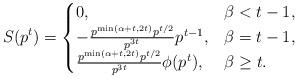
LaTeX: \begin{align*}S(p^t)=\begin{cases} 0, & \beta< t-1, \\ -\frac{p^{\min(\alpha+t,2t)}p^{t/2}}{p^{3t}}p^{t-1}, & \beta=t-1, \\\frac{p^{\min(\alpha+t,2t)}p^{t/2}}{p^{3t}} \phi(p^t), & \beta\geq t.\end{cases}\end{align*}